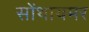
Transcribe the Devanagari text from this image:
सोंथायमर